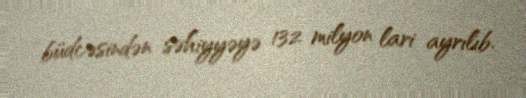
büdcəsindən səhiyyəyə 132 milyon lari ayrılıb.